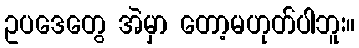
ဥပဒေတွေ အဲမှာ တော့မဟုတ်ပါဘူး။